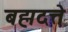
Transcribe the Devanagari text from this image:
बह्मदत्ते